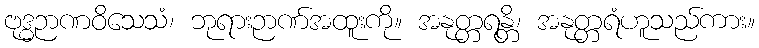
ဗုဒ္ဓဉာဏဝိသေသံ၊ ဘုရားဉာဏ်အထူးကို။ အနုတ္တရန္တိ၊ အနုတ္တရံဟူသည်ကား။